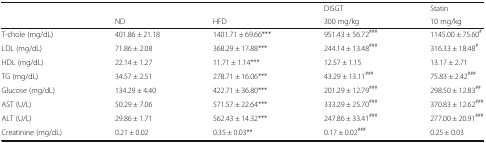
<table><thead><tr><td></td><td></td><td></td><td><b>DISGT</b></td><td><b>Statin</b></td></tr><tr><td></td><td><b>ND</b></td><td><b>HFD</b></td><td><b>300 mg/kg</b></td><td><b>10 mg/kg</b></td></tr></thead><tbody><tr><td>T-chole (mg/dL)</td><td>401.86 ± 21.18</td><td>1401.71 ± 69.66***</td><td>951.43 ± 56.72<sup>###</sup></td><td>1145.00 ± 75.60<sup>#</sup></td></tr><tr><td>LDL (mg/dL)</td><td>71.86 ± 2.08</td><td>368.29 ± 17.88***</td><td>244.14 ± 13.48<sup>###</sup></td><td>316.33 ± 18.48<sup>#</sup></td></tr><tr><td>HDL (mg/dL)</td><td>22.14 ± 1.27</td><td>11.71 ± 1.14***</td><td>12.57 ± 1.15</td><td>13.17 ± 2.71</td></tr><tr><td>TG (mg/dL)</td><td>34.57 ± 2.51</td><td>278.71 ± 16.06***</td><td>43.29 ± 13.11<sup>###</sup></td><td>75.83 ± 2.42<sup>###</sup></td></tr><tr><td>Glucose (mg/dL)</td><td>134.29 ± 4.40</td><td>422.71 ± 36.80***</td><td>201.29 ± 12.79<sup>###</sup></td><td>298.50 ± 12.83<sup>##</sup></td></tr><tr><td>AST (U/L)</td><td>50.29 ± 7.06</td><td>571.57 ± 22.64***</td><td>333.29 ± 25.70<sup>###</sup></td><td>370.83 ± 12.62<sup>###</sup></td></tr><tr><td>ALT (U/L)</td><td>29.86 ± 1.71</td><td>562.43 ± 14.32***</td><td>247.86 ± 33.41<sup>###</sup></td><td>277.00 ± 20.91<sup>###</sup></td></tr><tr><td>Creatinine (mg/dL)</td><td>0.21 ± 0.02</td><td>0.35 ± 0.03**</td><td>0.17 ± 0.02<sup>###</sup></td><td>0.25 ± 0.03</td></tr></tbody></table>